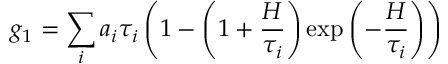
g _ { 1 } = \sum _ { i } a _ { i } \tau _ { i } \left( 1 - \left( 1 + \frac { H } { \tau _ { i } } \right) \exp \left( - \frac { H } { \tau _ { i } } \right) \right)